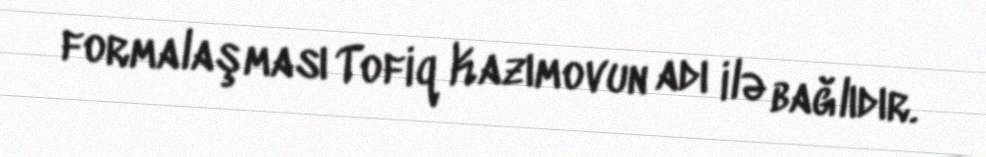
formalaşması Tofiq Kazımovun adı ilə bağlıdır.